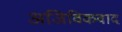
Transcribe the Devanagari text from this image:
अजिविकवाद